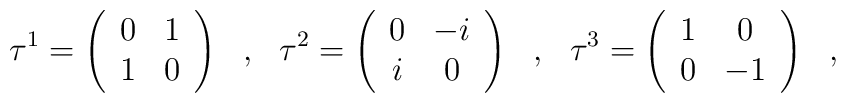
\tau^1=\left(\begin{array}{c c}	0 & 1 \\	1 & 0 	\end{array}\right)\ \ ,\ \ \tau^2=\left(\begin{array}{c c}	0 & -i \\	i & 0 	\end{array}\right)\ \ ,\ \ \tau^3=\left(\begin{array}{c c}	1 & 0 \\	0 & -1 	\end{array}\right)\ \ ,